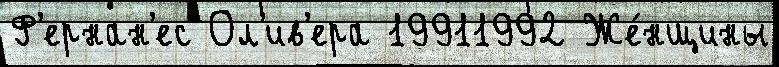
Ф'ернан'ес Ол'ив'ера 19911992 Же́нщины